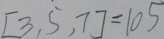
[ 3 , 5 , 7 ] = 1 0 5